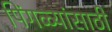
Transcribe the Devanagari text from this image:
पिंगळ्यांसाठी